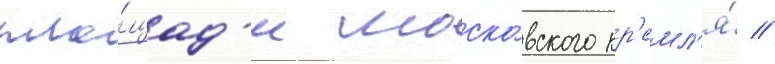
пло́щад'и моско́вского кр'емл'я́ //